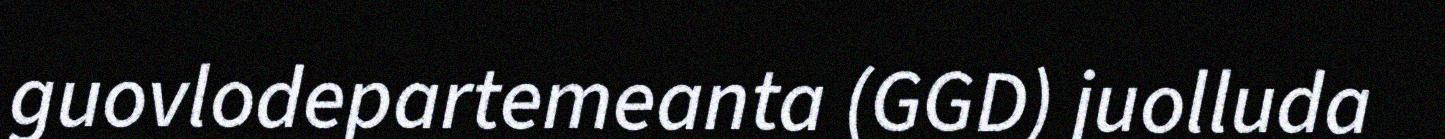
guovlodepartemeanta (GGD) juolluda